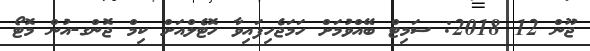
ޖޫން 12 2018: ސަމިޓް ބޭއްވުމަށް ހަމަޖެހިފައިވާ ހޮޓެލްއަށް ކިމް ޖޮންގ-އުން މޮޓޯ